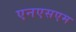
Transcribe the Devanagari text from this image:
एनएसएम